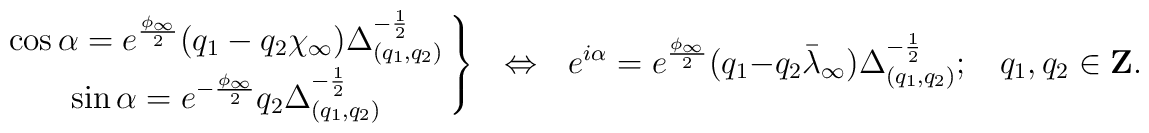
\left.\matrix{\cos\alpha=e^{\phi_{\infty}\over 2}(q_1-q_2\chi_{\infty})\Delta^{-{1\over 2}}_{(q_1,q_2)}\cr\sin\alpha=e^{-{\phi_{\infty}\over 2}}q_2\Delta^{-{1\over 2}}_{(q_1,q_2)}}\right\}\ \ \ \Leftrightarrow \ \ \ e^{i\alpha}=e^{\phi_{\infty}\over 2}(q_1-q_2\bar{\lambda}_{\infty})\Delta^{-{1\over 2}}_{(q_1,q_2)};\ \ \ \ q_1, q_2\in {\bf Z}.